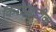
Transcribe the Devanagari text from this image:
किरोप्रॅक्टीक